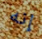
إنه